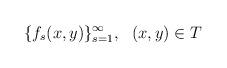
LaTeX: \begin{align*}\{ f_s(x,y)\}_{s=1}^\infty,\ \ (x,y) \in T\end{align*}